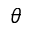
\theta